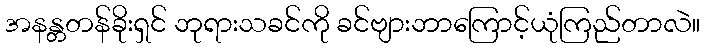
အနန္တတန်ခိုးရှင် ဘုရားသခင်ကို ခင်ဗျားဘာကြောင့်ယုံကြည်တာလဲ။